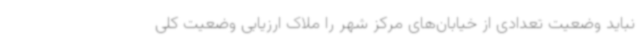
نباید وضعیت تعدادی از خیابان‌های مرکز شهر را ملاک ارزیابی وضعیت کلی